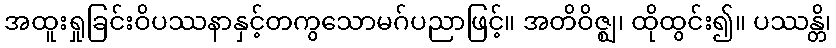
အထူးရှုခြင်းဝိပဿနာနှင့်တကွသောမဂ်ပညာဖြင့်။ အတိဝိဇ္ဈ၊ ထိုထွင်း၍။ ပဿန္တိ၊